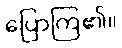
ပြောကြ၏။